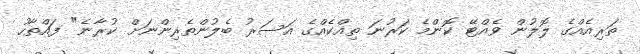
ތަރިއެއްގެ ލޮލުން ވެއްޓޭ ކޮންމެ ކަރުނަ ތިއްކެއްގެ އަސަރު ބެލުންތެރިންނަށް ކުރާނެ" ފައްތާހު